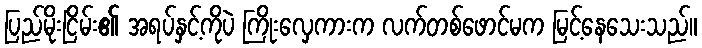
ပြည်မိုးငြိမ်း၏ အရပ်နှင့်ကိုပဲ ကြိုးလှေကားက လက်တစ်ဖောင်မက မြင့်နေသေးသည်။